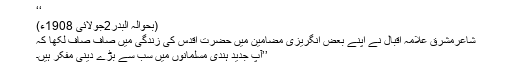
‘‘
(بحوالہ البدر2جولائی 1908ء)
شاعرمشرق علامہ اقبال نے اپنے بعض انگریزی مضامین میں حضرت اقدس کی زندگی میں صاف صاف لکھا کہ
’’آپ جدید ہندی مسلمانوں میں سب سے بڑے دینی مفکر ہیں۔